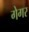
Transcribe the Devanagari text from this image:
गेगर